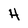
Character: H